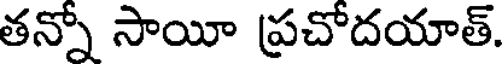
తన్నో సాయీ ప్రచోదయాత్.